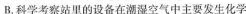
B.科学考察站里的设备在潮湿空气中主要发生化学